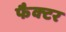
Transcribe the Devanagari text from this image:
फैक्‍टर